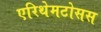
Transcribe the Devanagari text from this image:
एरिथेमटोसस